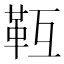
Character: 𩉱